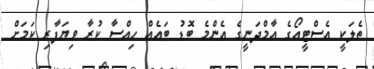
ތެލަކީ އެސްޓީއޯގެ އާމްދަނީގެ އެންމެ ބޮޑު ބައެއް ހިއްސާ ކުރާ ވިޔަފާރި ކަމަށް